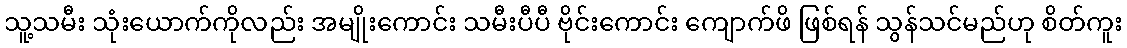
သူ့သမီး သုံးယောက်ကိုလည်း အမျိုးကောင်း သမီးပီပီ ဗိုင်းကောင်း ကျောက်ဖိ ဖြစ်ရန် သွန်သင်မည်ဟု စိတ်ကူး